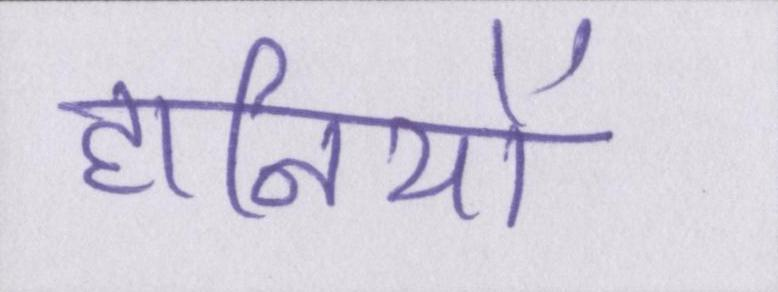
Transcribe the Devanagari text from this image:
हानियों